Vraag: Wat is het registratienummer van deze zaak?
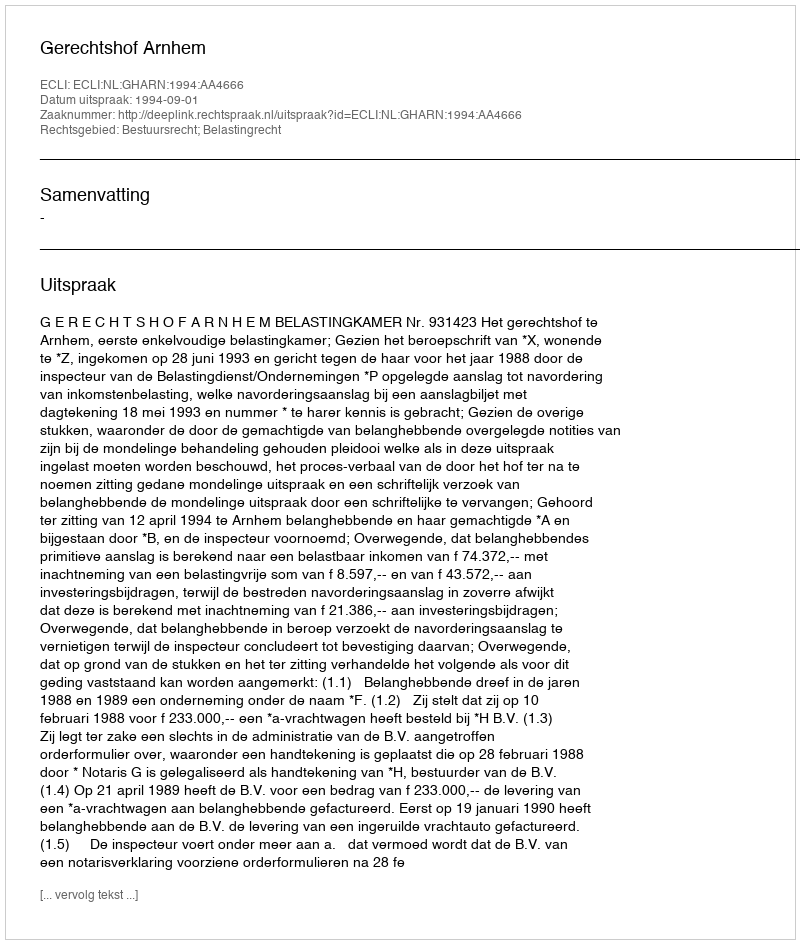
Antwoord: http://deeplink.rechtspraak.nl/uitspraak?id=ECLI:NL:GHARN:1994:AA4666